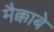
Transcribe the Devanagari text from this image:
मैक्काबे